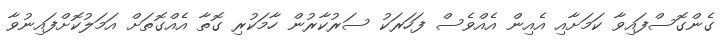
ގެންގޮސްފައިވާ ކަމަށާއި އެއިން އެއްވެސް ފަހަރަކު ސަރުކާރުން ހާމަކުރި ގޮތާ އެއްގޮތަށް އަމަލުކޮށްފައިނުވާ